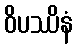
ဝိပဿိနံ